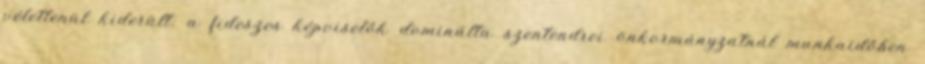
véletlenül kiderült: a fideszes képviselők dominálta szentendrei önkormányzatnál munkaidőben